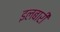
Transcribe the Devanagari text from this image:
इलबारी